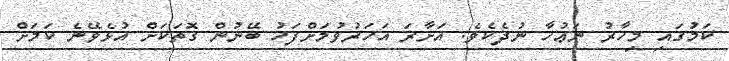
ކަމުގައި މިހާރު ނަޢުހާ ނުދެކެވެ. އަށާރަ އަހަރުވުމަށްފަހު ބޭނުން ގޮތަކަށް އުޅެވޭނެ ކަމަށް